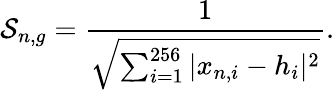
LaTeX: \mathcal{S}_{n,g}=\frac{1}{\sqrt{\sum_{i=1}^{256}|x_{n,i}-h_{i}|^{2}}}.